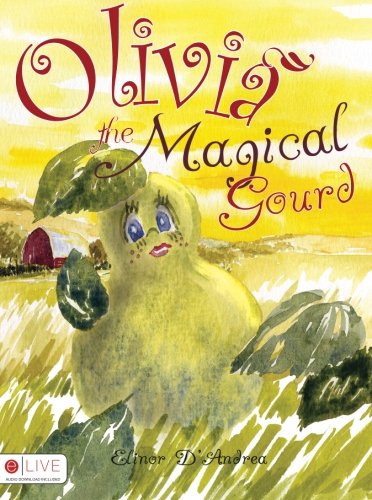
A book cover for Olivia the Magical Gourd; Elinor Palma Dandrea; Self-Help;